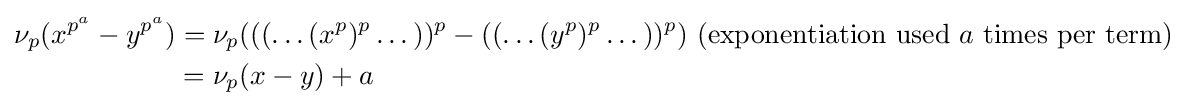
{\begin{aligned}\nu _{p}(x^{p^{a}}-y^{p^{a}})&=\nu _{p}(((\dots (x^{p})^{p}\dots ))^{p}-((\dots (y^{p})^{p}\dots ))^{p})\ {\text{(exponentiation used }}a{\text{ times per term)}}\\&=\nu _{p}(x-y)+a\end{aligned}}